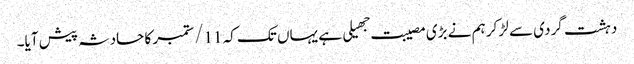
دہشت گردی سے لڑ کر ہم نے بڑی مصیبت جهیلی ہے یہاں تک کہ 11/ ستمبر کا حادثہ پیش آیا۔